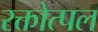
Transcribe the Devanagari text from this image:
रक्तोत्पल